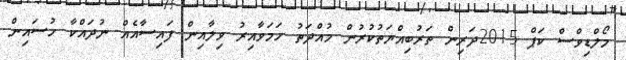
މޯލްޑިވްސް ކަޕް 2015ދަރިން ތަރުބިއްޔަތުކުރުން މުއްދަތު ހަމަވާއިރު ވިލާއިން ފައިސާއެއް ނުދައްކާ ހުސައިން